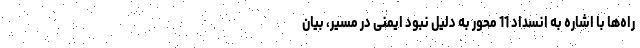
راه‌ها با اشاره به انسداد 11 محور به دلیل نبود ایمنی در مسیر، بیان